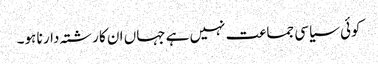
کوئی سیاسی جماعت نہیں ہے جہاں ان کا رشتہ دار نا ہو۔